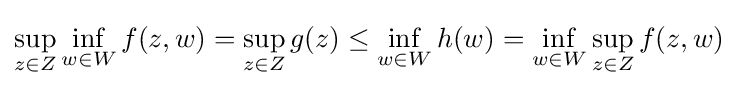
\sup _{z\in Z}\inf _{w\in W}f(z,w)=\sup _{z\in Z}g(z)\leq \inf _{w\in W}h(w)=\inf _{w\in W}\sup _{z\in Z}f(z,w)